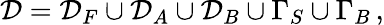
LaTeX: \mathcal{D}=\mathcal{D}_{F}\cup\mathcal{D}_{A}\cup\mathcal{D}_{B}\cup\Gamma_{S}\cup\Gamma_{B}\, ,